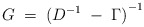
\begin{align*}G \;=\; {( D^{-1} \;-\; \Gamma ) }^{-1} \;\end{align*}